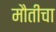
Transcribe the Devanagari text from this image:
मौतीचा